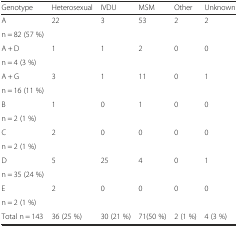
| Genotype | Heterosexual | IVDU | MSM | Other | Unknown |
 | --- | --- | --- | --- | --- | --- |
 | A | <ROWSPAN=2> 22 | <ROWSPAN=2> 3 | <ROWSPAN=2> 53 | <ROWSPAN=2> 2 | <ROWSPAN=2> 2 |
 | n = 82 (57 %) |
 | A + D | <ROWSPAN=2> 1 | <ROWSPAN=2> 1 | <ROWSPAN=2> 2 | <ROWSPAN=2> 0 | <ROWSPAN=2> 0 |
 | n = 4 (3 %) |
 | A + G | <ROWSPAN=2> 3 | <ROWSPAN=2> 1 | <ROWSPAN=2> 11 | <ROWSPAN=2> 0 | <ROWSPAN=2> 1 |
 | n = 16 (11 %) |
 | B | <ROWSPAN=2> 1 | <ROWSPAN=2> 0 | <ROWSPAN=2> 1 | <ROWSPAN=2> 0 | <ROWSPAN=2> 0 |
 | n = 2 (1 %) |
 | C | <ROWSPAN=2> 2 | <ROWSPAN=2> 0 | <ROWSPAN=2> 0 | <ROWSPAN=2> 0 | <ROWSPAN=2> 0 |
 | n = 2 (1 %) |
 | D | <ROWSPAN=2> 5 | <ROWSPAN=2> 25 | <ROWSPAN=2> 4 | <ROWSPAN=2> 0 | <ROWSPAN=2> 1 |
 | n = 35 (24 %) |
 | E | <ROWSPAN=2> 2 | <ROWSPAN=2> 0 | <ROWSPAN=2> 0 | <ROWSPAN=2> 0 | <ROWSPAN=2> 0 |
 | n = 2 (1 %) |
 | Total n = 143 | 36 (25 %) | 30 (21 %) | 71(50 %) | 2 (1 %) | 4 (3 %) |